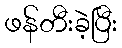
ဖန်တီးခဲ့ပြီး